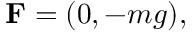
\mathbf { F } = ( 0 , - m g ) ,